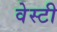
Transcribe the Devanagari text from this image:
वेस्टी